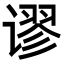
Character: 谬